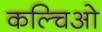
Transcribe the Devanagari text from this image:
कल्चिओ